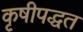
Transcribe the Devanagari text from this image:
कृषीपद्धत